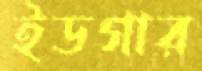
ইডগার